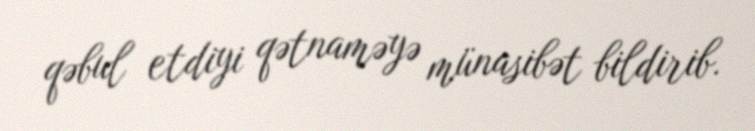
qəbul etdiyi qətnaməyə münasibət bildirib.